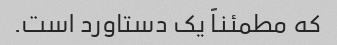
که مطمئناً یک دستاورد است.